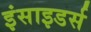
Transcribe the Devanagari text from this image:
इंसाइडर्स